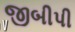
જીબીપી